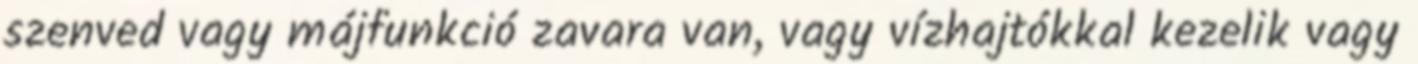
szenved vagy májfunkció zavara van, vagy vízhajtókkal kezelik vagy